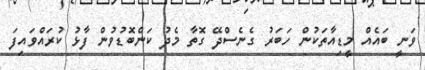
ވަނީ ބައެއް މީޑިއާތަކުން ހަބަރު ގެނެސްދޭ ގޮތާ މެދު ކަންބޮޑުވުން ފާޅު ކުރައްވައިފަ